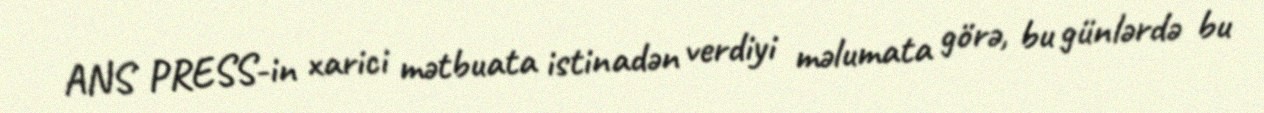
ANS PRESS-in xarici mətbuata istinadən verdiyi məlumata görə, bu günlərdə bu